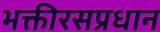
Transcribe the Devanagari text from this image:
भक्तीरसप्रधान